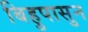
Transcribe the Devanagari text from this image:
बिहुपासुन